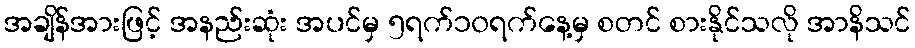
အချိန်အားဖြင့် အနည်းဆုံး အပင်မှ ၅ရက်၁၀ရက်နေ့မှ စတင် စားနိုင်သလို အာနိသင်